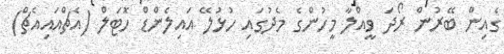
ގެއިން ބޭރުން ރޯދަ ވީއްލާ މީހުންގެ މެދުގައި ހުޅުލޭ އައިލެންޑް ހޮޓަލް (އެޗްއައިއެޗް)